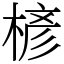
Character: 楌